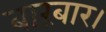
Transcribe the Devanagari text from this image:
बारंबार।